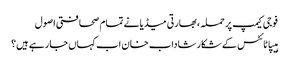
فوجی کیمپ پر حملہ ،بھارتی میڈیا نے تمام صحافتی اصول
ہیپاٹائٹس کے شکار شاداب خان اب کہاں جا رہے ہیں؟